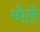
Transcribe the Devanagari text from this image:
मौर्ले